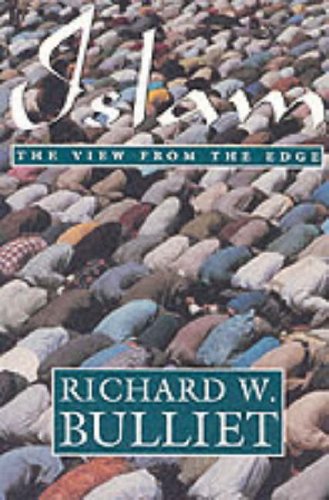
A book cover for Islam: The View from the Edge; Richard W. Bulliet; History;